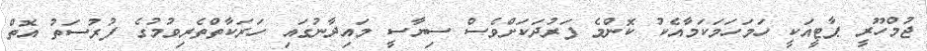
ޖުމްހޫރީ ޕާޓީއަކީ ހަމަހަމަކަމާއެކު ކޮންމެ ފަރުދަކަށްވެސް ސިޔާސީ މައިދާނުގައި ހަރަކާތްތެރިވުމުގެ ފުރުސަތު އޮތް